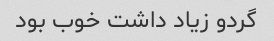
گردو زیاد داشت خوب بود